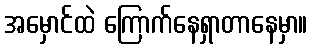
အမှောင်ထဲ ကြောက်နေရှာတာနေမှာ။